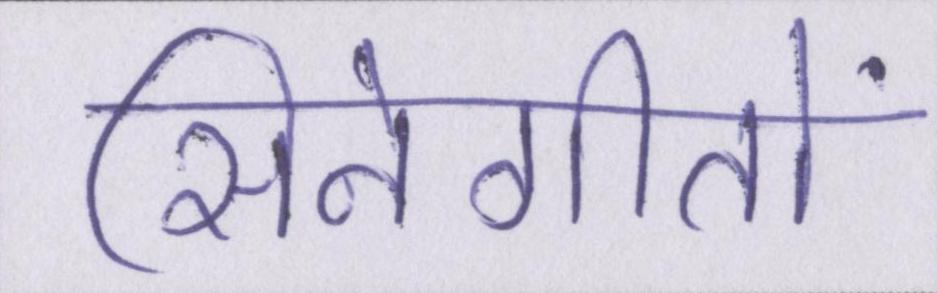
सिनेगीतों